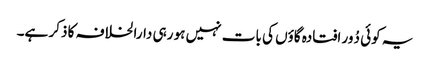
یہ کوئی دُور افتادہ گاؤں کی بات نہیں ہو رہی دارالخلافہ کا ذکر ہے۔